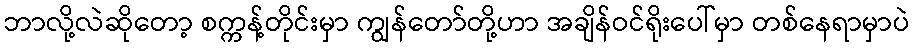
ဘာလို့လဲဆိုတော့ စက္ကန့်တိုင်းမှာ ကျွန်တော်တို့ဟာ အချိန်ဝင်ရိုးပေါ်မှာ တစ်နေရာမှာပဲ